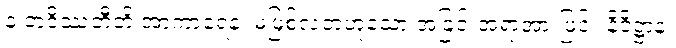
န ဘဝိဿတီတိ အာကာရေန၊ မဖြစ်လတံ့ဟူသော အခြင်းအရာအားဖြင့်။ နိဝိဋ္ဌာန၊